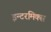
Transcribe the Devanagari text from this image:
इन्टरमिक्स